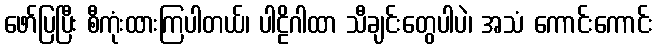
ဖော်ပြပြီး စီကုံးထားကြပါတယ်၊ ပါဠိဂါထာ သီချင်းတွေပါပဲ၊ အသံ ကောင်းကောင်း